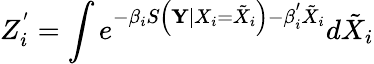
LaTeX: Z_{i}^{'}=\int e^{-\beta_{i}S\left({\mathbf{Y}}\mid{X}_{i}=\tilde{X}_{i}\right)-\beta_{i}^{'}\tilde{X}_{i}}d\tilde{X}_{i}